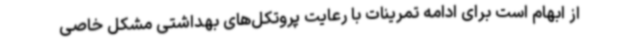
از ابهام است برای ادامه تمرینات با رعایت پروتکل‌های بهداشتی مشکل خاصی